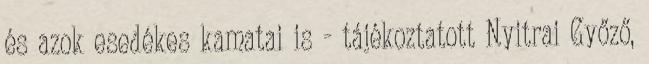
és azok esedékes kamatai is - tájékoztatott Nyitrai Győző,